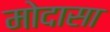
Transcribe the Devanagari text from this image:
मोदासा